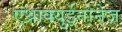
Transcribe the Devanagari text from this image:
एंथ्राक्युईनोनेज़